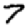
Digit: 7